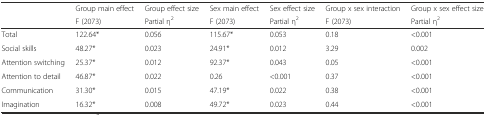
<table><thead><tr><td rowspan="2"></td><td><b>Group main effect</b></td><td><b>Group effect size</b></td><td><b>Sex main effect</b></td><td><b>Sex effect size</b></td><td><b>Group x sex interaction</b></td><td><b>Group x sex effect size</b></td></tr><tr><td><b>F (2073)</b></td><td><b>Partial η<sup>2</sup></b></td><td><b>F (2073)</b></td><td><b>Partial η<sup>2</sup></b></td><td><b>F (2073)</b></td><td><b>Partial η<sup>2</sup></b></td></tr></thead><tbody><tr><td>Total</td><td>122.64*</td><td>0.056</td><td>115.67*</td><td>0.053</td><td>0.18</td><td>&lt;0.001</td></tr><tr><td>Social skills</td><td>48.27*</td><td>0.023</td><td>24.91*</td><td>0.012</td><td>3.29</td><td>0.002</td></tr><tr><td>Attention switching</td><td>25.37*</td><td>0.012</td><td>92.37*</td><td>0.043</td><td>0.05</td><td>&lt;0.001</td></tr><tr><td>Attention to detail</td><td>46.87*</td><td>0.022</td><td>0.26</td><td>&lt;0.001</td><td>0.37</td><td>&lt;0.001</td></tr><tr><td>Communication</td><td>31.30*</td><td>0.015</td><td>47.19*</td><td>0.022</td><td>0.38</td><td>&lt;0.001</td></tr><tr><td>Imagination</td><td>16.32*</td><td>0.008</td><td>49.72*</td><td>0.023</td><td>0.44</td><td>&lt;0.001</td></tr></tbody></table>